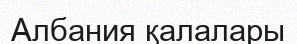
Албания қалалары